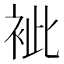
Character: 䘣